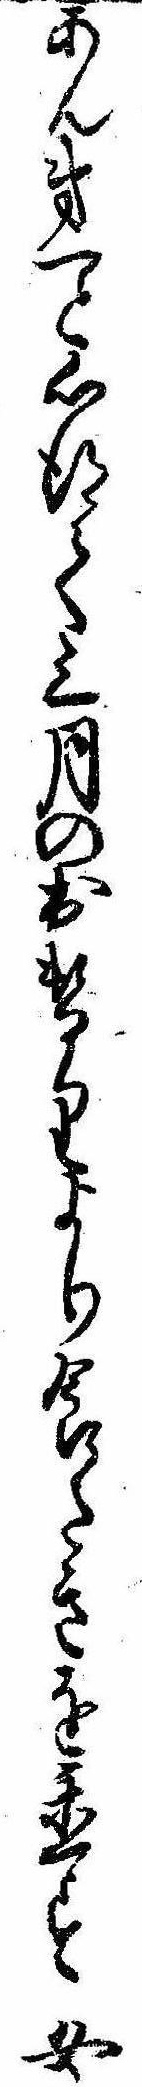
あん第一と心得て三月の出替りより食たきを置す女